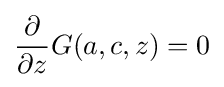
{\frac {\partial }{\partial z}}G(a,c,z)=0